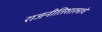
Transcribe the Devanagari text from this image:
राजनीतिशास्त्राचे